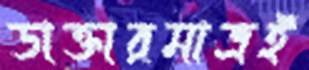
ডাক্তারমাত্রই